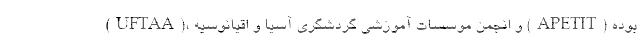
(UFTAA)، و انجمن موسسات آموزشی گردشگری آسیا و اقیانوسیه (APETIT) بوده